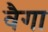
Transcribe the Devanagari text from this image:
वैगा